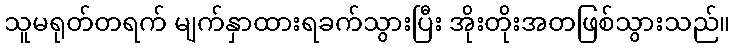
သူမရုတ်တရက် မျက်နှာထားရခက်သွားပြီး အိုးတိုးအတဖြစ်သွားသည်။